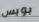
بوبس